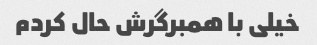
خیلی با همبرگرش حال کردم